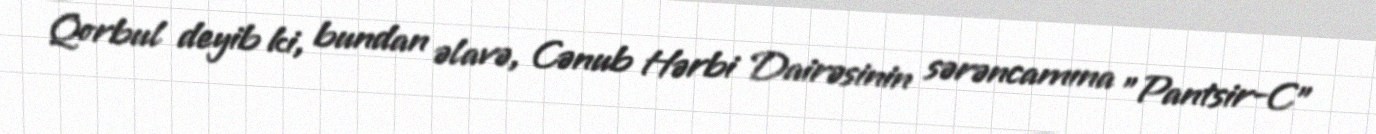
Qorbul deyib ki, bundan əlavə, Cənub Hərbi Dairəsinin sərəncamına ”Pantsir-C"